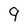
Character: 9